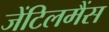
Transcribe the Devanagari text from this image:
जेंटिलमैंस